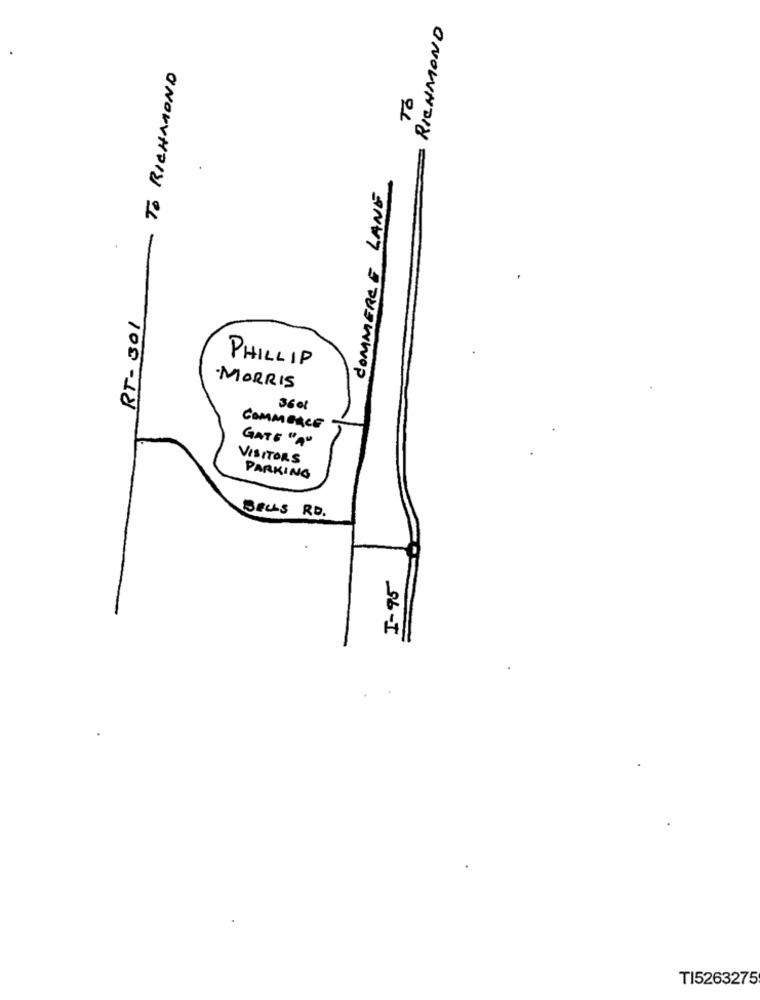
RICHMOND
TO RICHMOND
1º
COMMERCE LANE
RT-301
PHILLIP
MORRIS
360l
COMMERCE
GATE "A"
VISITORS
PARKING
BELLS RD.
I- 95
TI5263275